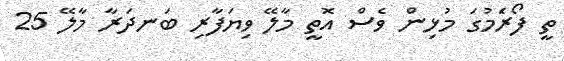
ތީ ފޯރެަމުގަ މުޅިން ވެސް އޮތީ މާލޭ ވިޔަފާރި ބަނދަރާ މާލޭ 25